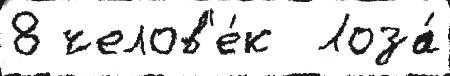
8 челов'е́к  Лоза́